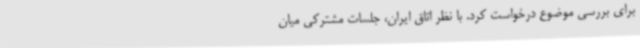
برای بررسی موضوع درخواست کرد. با نظر اتاق ایران، جلسات مشترکی میان